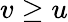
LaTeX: v\geq u